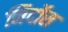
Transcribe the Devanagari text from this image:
निर्दोस